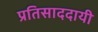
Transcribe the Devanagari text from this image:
प्रतिसाददायी